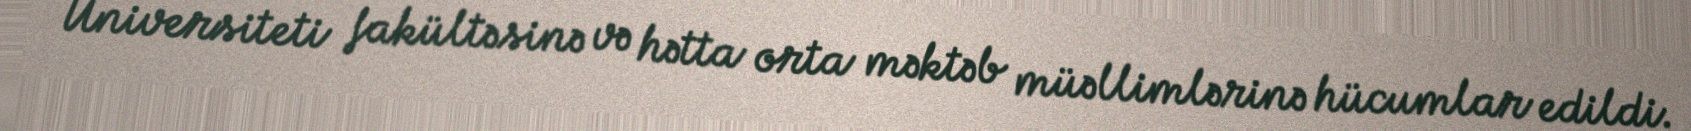
Universiteti fakültəsinə və hətta orta məktəb müəllimlərinə hücumlar edildi.